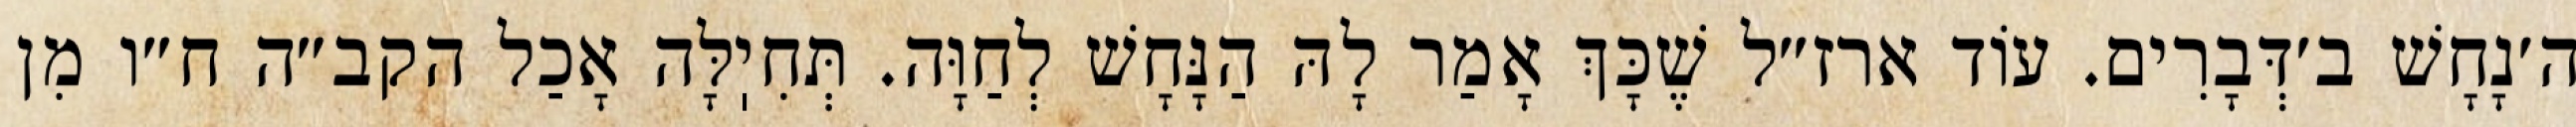
ה׳נָחָשׁ ב׳דְּבָרִים. עוֹד ארז״ל שֶׁכָּךְ אָמַר לָהּ הַנָּחָשׁ לְחַוָּה. תְּחִיֽלָּה אָכַל הקב״ה ח״ו מִן